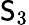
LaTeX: \mathsf{S}_{3}